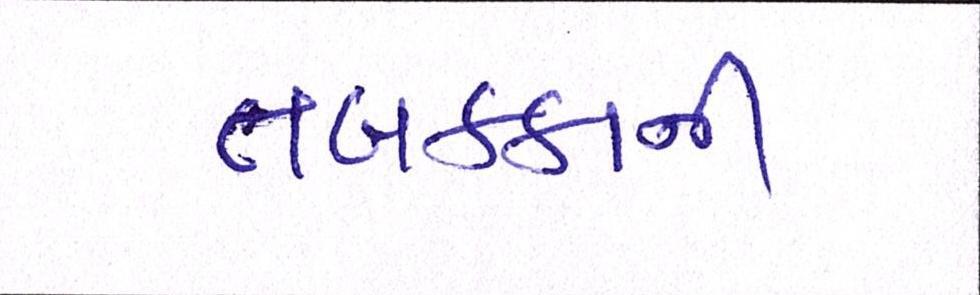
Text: તબક્કાની